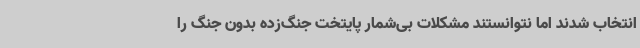
انتخاب شدند اما نتوانستند مشکلات بی‌شمار پایتخت جنگ‌زده بدون جنگ را